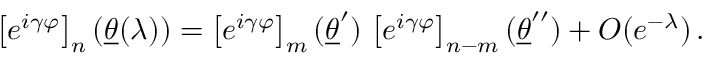
\left[ e ^ { i \gamma \varphi } \right] _ { n } ( \underline { { { \theta } } } ( \lambda ) ) = \left[ e ^ { i \gamma \varphi } \right] _ { m } ( \underline { { { \theta } } } ^ { \prime } ) \, \left[ e ^ { i \gamma \varphi } \right] _ { n - m } ( \underline { { { \theta } } } ^ { \prime \prime } ) + O ( e ^ { - \lambda } ) \, .